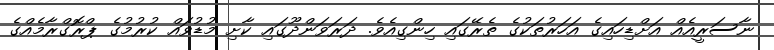
ނާސަރީއެއް އަށްޑިހައިގެ އަހަރުތަކުގެ ތެރޭގައި ހިންގިއެވެ. ދަރަވަންދޫގައި ކާށި މުޑުވައް ކުރުމުގެ ޕްރޮގްރާމެއްގެ